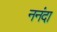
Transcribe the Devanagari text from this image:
ननंदा